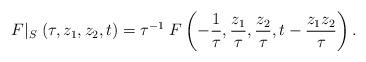
LaTeX: \begin{align*}F|_S\; (\tau, z_1, z_2, t) = \tau^{-1}\; F\left(-\frac{1}{\tau}, \frac{z_1}{\tau}, \frac{z_2}{\tau}, t-\frac{z_1z_2}{\tau}\right).\end{align*}